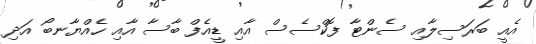
އެއީ ބަރަސިލާއި ސެންޓާ ފޮކްސެސް އާއި ޑީއެފް ބާސާ އާއި ހެއްޔާނބޯ އަދި